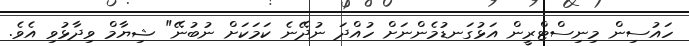
ހައުސިން މިނިސްޓްރީން އަޅުގަނޑުމެންނަށް ހުއްދަ ނުދޭނެ ކަމަކަށް ނުބުނޭ" ޝިޔާމް ވިދާޅުވި އެވެ.